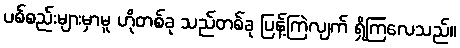
ပစ်စည်းများမှာမူ ဟိုတစ်ခု သည်တစ်ခု ပြန့်ကြဲလျက် ရှိကြလေသည်။